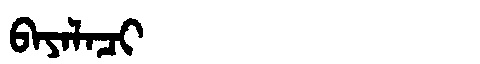
Manchu: ᠪᠠᠶᠠᠯᠠᠴᡳ
Romanization: BAYALACI